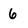
Character: 6